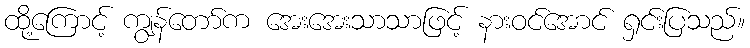
ထို့ကြောင့် ကျွန်တော်က အေးအေးသာသာဖြင့် နားဝင်အောင် ရှင်းပြသည်။